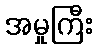
အမှုကြီး